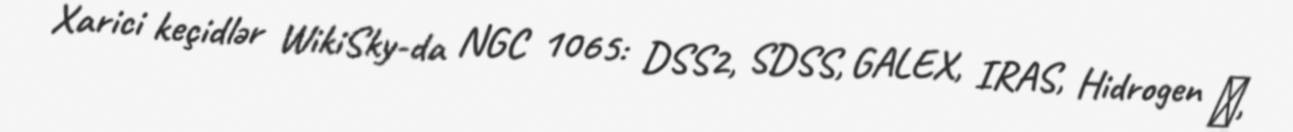
Xarici keçidlər WikiSky-da NGC 1065: DSS2, SDSS, GALEX, IRAS, Hidrogen α,